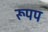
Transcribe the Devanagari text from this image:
रूपप